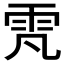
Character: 𮸫